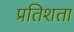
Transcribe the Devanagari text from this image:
प्रतिशता